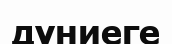
дүниеге